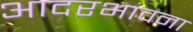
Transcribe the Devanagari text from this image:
आदरभावना